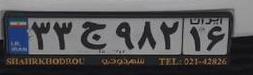
۳۳ج۹۸۲۱۶